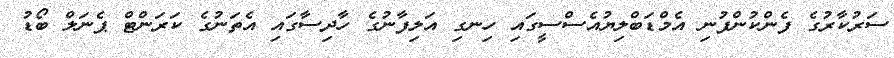
ސަރުކާރުގެ ފެންކުންފުނި އެމްޑަބްލިޔުއެސްސީގައި ހިނގި އަލިފާނުގެ ހާދިސާގައި އެތަނުގެ ކަރަންޓް ޕެނަލް ބޯޑު